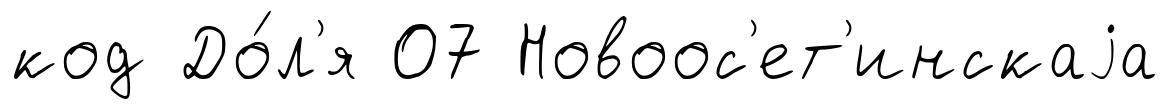
код До́л'я 07 Новоос'ет'инскаjа